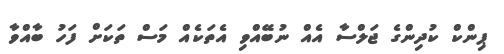
ޕިންކް ކުދިންގެ ޖަލްސާ އެއް ނުބޭއްވި އެތަކެއް މަސް ތަކަށް ފަހު ބާއްވާ